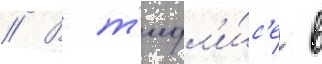
// В т'ифл'и́с'е в